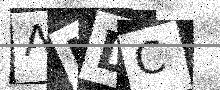
Text: ANDC